Report on horse surra - Volume II, Part II
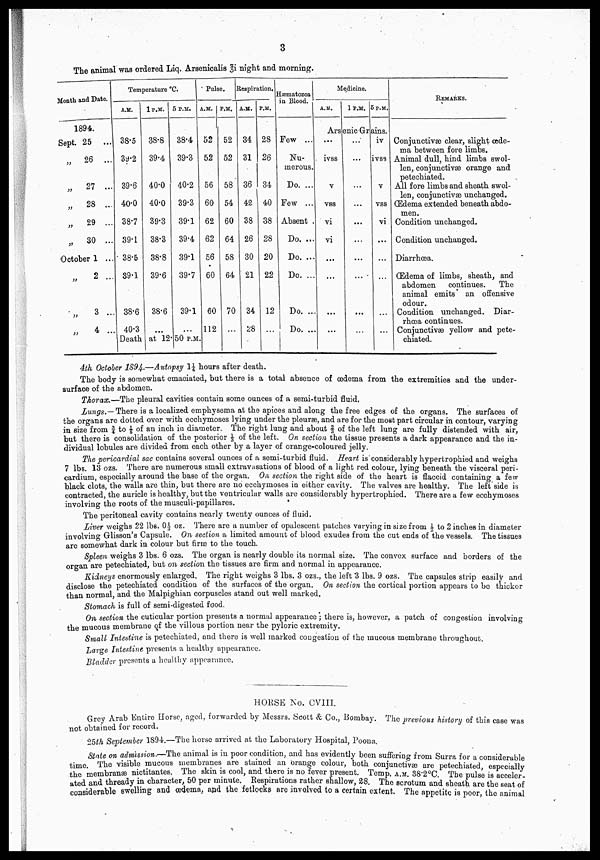
3
The animal was ordered Liq. Arsenicalis 3i. night and morning.
Month and Date.
1894.
Sept. 25 ...
26 ...
„ 27 ...
„
28 ...
„
29 ...
„
30 ...
October 1 ...
„
2 ...
„
3 ...
„
4 ...
Temperature °C.
A.M.
38.5
39.2
39.6
40.0
38.7
39.1
38.5
39.1
38.6
40.3
1P.M.
38.8
39.4
40.0
40.0
39.3
38.3
38.8
39.6
38.6
...
5 P.M.
38.4
39.3
40.2
39.3
39.1
39.4
39.1
39.7
39.1
...
Death at 12. 50 P.M.
Pulse.
A.M.
52
52
56
60
62
62
56
60
60
112
P.M.
52
52
58
54
60
64
58
64
70
...
Respiration.
A.M.
34
31
36
42
38
26
30
21
34
28
P.M.
28
26
34
40
38
28
20
22
12
...
Hæmatozoa
in Blood
Few ...
Nu
merous.
Do. ...
Few ...
Absent .
Do. ...
Do. ...
Do. ...
Do. ...
Do. ...
Medicine.
A.M.
1 P.M. 5 P.M.
Arsenic Grains.
...
ivss
v
vss
vi
vi
...
...
...
...
...
...
...
...
...
...
...
iv
ivss
v
vss
vi
...
...
...
...
REMARKS.
Conjunctivæ clear, slight œde
ma between fore limbs.
Animal dull, hind limbs swol
len, conjunctivæ orange and
petechiated.
All fore limbs and sheath swol
len, conjunctivæ unchanged.
Œdema extended beneath abdo
men.
Condition unchanged.
Condition unchanged.
Diarrhoea.
Œdema of limbs, sheath, and
abdomen
continues.
The
animal emits an offensive
odour.
Condition unchanged. Diar
rhoea continues.
Conjunctivæ yellow and pete
chiated.
4th October 1894..—Autopsy 1¼ hours after death.
The body is somewhat emaciated, but there is a total absence of oedema from the extremities and the under-
surf ace of the abdomen.
Thorax.—The pleural cavities contain some ounces of a semi-turbid fluid.
Lungs.—There is a localized emphysema at the apices and along the free edges of the organs. The surfaces of
the organs are dotted over with ecchymoses lying under the pleurae, and are for the most part circular in contour, varying
in size from ¾ to ⅛ of an inch in diameter. The right lung and about § of the left lung are fully distended with air,
but there is consolidation of the posterior ⅓ of the left. On section the tissue presents a dark appearance and the in
dividual lobules are divided from each other by a layer of orange-coloured jelly.
The pericardial sac contains several ounces of a semi-turbid fluid. Heart is considerably hyperfcrophied and weighs
7 lbs. 13 ozs. There are numerous small extravasations of blood of a light red colour, lying beneath the visceral peri
cardium, especially around the base of the organ. On section the right side of the heart is flaccid containing a few
black clots, the walls are thin, but there are no ecchymoses in either cavity. The valves are healthy. The left side is
contracted, the auricle is healthy, but the ventricular walls are considerably hypertrophied. There are a few ecchymoses
involving the roots of the musculi-papillares.
The peritoneal cavity contains nearly twenty ounces of fluid.
Liver weighs 22 lbs. 0½ oz. There are a number of opalescent patches varying in size from ½ to 2 inches in diameter
involving Glisson's Capsule. On section a limited amount of blood exudes from the cut ends of the vessels. The tissues
are somewhat dark in colour but firm to the touch.
Spleen weighs 3 lbs. 6 ozs. The organ is nearly double its normal size. The convex surface and borders of the
organ are petechiated, but on section the tissues are firm and normal in appearance.
Kidneys enormously enlarged. The right weighs 3 lbs. 3 ozs., the left 3 lbs. 9 ozs. The capsules strip easily and
disclose the petechiated condition of the surfaces of the organ. On section the cortical portion appears to be thicker
than normal, and the Malpighian corpuscles stand out well marked.
Stomach is full of semi-digested food.
On section the cuticular portion presents a normal appearance ; there is, however, a patch of congestion involving
the mucous membrane of the villous portion near the pyloric extremity.
Small Intestine is petechiated, and there is well marked congestion of the mucous membrane throughout.
Large Intestine presents a healthy appearance.
Bladder presents a healthy appearance.
HOUSE No. CVIII.
Grey Arab Entire Horse, aged, forwarded by Messrs. Scott & Co., Bombay. The previous history of this case was
not obtained for record.
25th September 1894.—The horse arrived at the Laboratory Hospital, Poona.
State on admission.—The animal is in poor condition, and has evidently been suffering from Surra for a considerable
time. The visible mucous membranes are stained an orange colour, both conjunctivæ are petechiated, especially
the membranae nictitantes. The skin is cool, and there is no fever present. Temp. A.M. 38.2°C The pulse is acceler
ated and thready in character, 50 per minute Respirations rather shallow, 28. The scrotum and sheath are the seat of
considerable swelling and oedema, and the fetlocks are involved to a certain extent. The appetite is poor, the animal